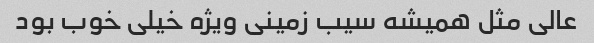
عالی مثل همیشه سیب زمینی ویژه خیلی خوب بود